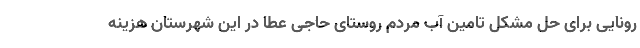
رونایی برای حل مشکل تامین آب مردم روستای حاجی عطا در این شهرستان هزینه